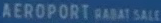
"AEROPORT